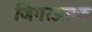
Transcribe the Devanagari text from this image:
जिगरऊतक